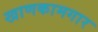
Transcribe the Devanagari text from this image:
खाणकामगार